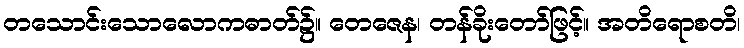
တသောင်းသောလောကဓာတ်၌။ တေဇေန၊ တန်ခိုးတော်ဖြင့်။ အတိရောစတိ၊